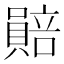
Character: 𧷯